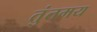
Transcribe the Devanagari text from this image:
तुंतमय